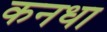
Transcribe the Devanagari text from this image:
कनधा